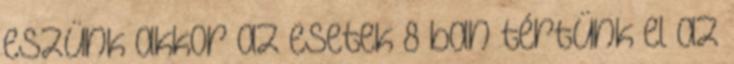
eszünk akkor az esetek 8 ban tértünk el az